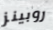
روبينز